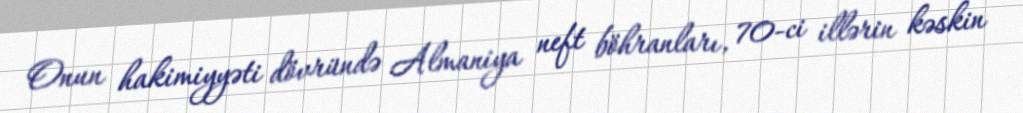
Onun hakimiyyəti dövründə Almaniya neft böhranları, 70-ci illərin kəskin